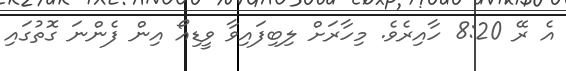
އެ ރޭ 8:20 ހާއިރެވެ. މިހާރަށް ލިބިފައިވާ ވީޑިއޯ އިން ފެންނަ ގޮތުގައި